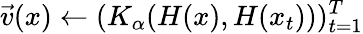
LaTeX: \vec{v}(x)\gets(K_{\alpha}(H(x),H(x_{t})))_{t=1}^{T}